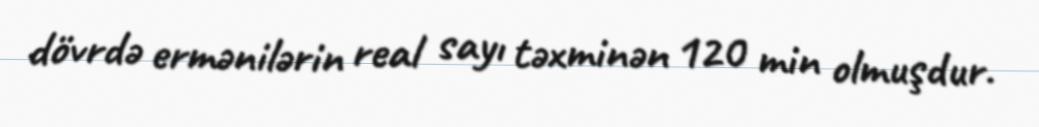
dövrdə ermənilərin real sayı təxminən 120 min olmuşdur.